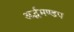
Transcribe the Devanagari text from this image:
अर्द्धमण्डप